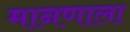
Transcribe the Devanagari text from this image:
मानणाला